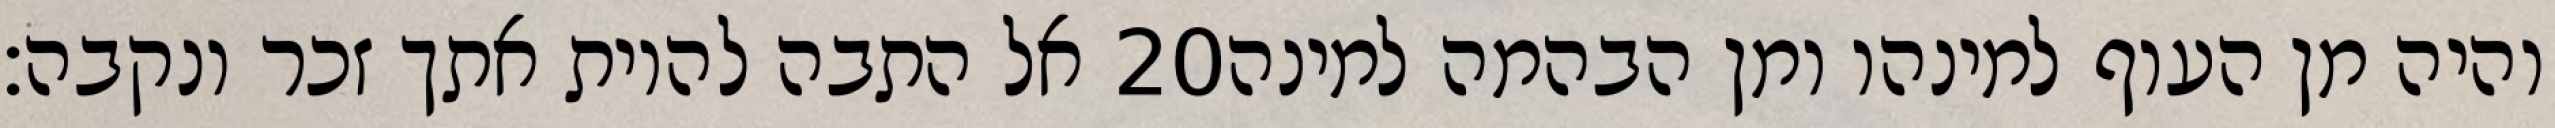
אל התבה להיות אתך זכר ונקבה׃ ‎20‏ והיה מן העוף למינהו ומן הבהמה למינה